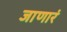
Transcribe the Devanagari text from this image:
जाणारं